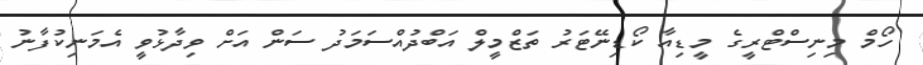
ހޯމް މިނިސްޓްރީގެ މީޑިއާ ކޯޑިނޭޓަރު ތަޒްމީލް އަބްދުއްސަމަދު ސަން އަށް ވިދާޅުވީ އެމަނިކުފާނު